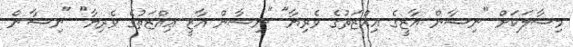
މިސާލަކަށް "ނިޝާން ޣާޒީގެ ޢިއްޒަތުގެ ވެރިޔާ" "ނިޝާން ޣާޒީ ޢިއްޒަތުގެ ވެރިޔާ" "ނިޝާން